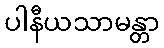
ပါနီယသာမန္တာ